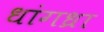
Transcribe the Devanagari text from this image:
धांगध्रा